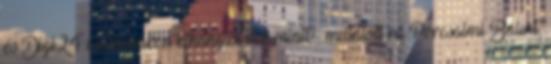
és Digi24 csatornákon elhangzottak miatt”– mutatott rá Porcsalmi Bálint,